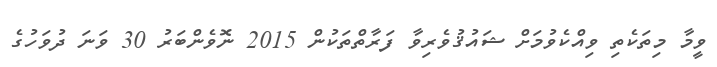
ވީމާ މިތަކެތި ވިއްކެވުމަށް ޝައުޤުވެރިވާ ފަރާތްތަކުން 2015 ނޮވެންބަރު 30 ވަނަ ދުވަހުގެ